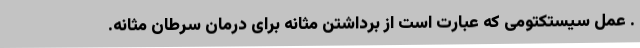
. عمل سیستکتومی که عبارت است از برداشتن مثانه برای درمان سرطان مثانه.